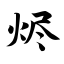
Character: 烬